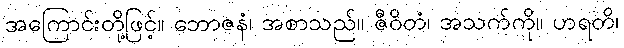
အကြောင်းတို့ဖြင့်။ ဘောဇနံ၊ အစာသည်။ ဇီဝိတံ၊ အသက်ကို။ ဟရတိ၊